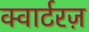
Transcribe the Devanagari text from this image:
क्वार्टरज़